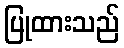
ပြုထားသည်